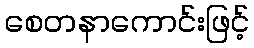
စေတနာကောင်းဖြင့်